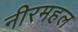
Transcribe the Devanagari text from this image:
नीरमहल